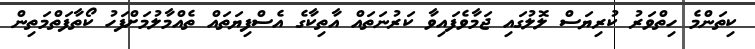
ކިތަންމެ ހިތްވަރު ކުރިޔަސް ލޮލުގައި ޖަމާވެފައިވާ ކަރުނަތައް އާތިކާގެ އެސްފިޔަތައް ތެއްމާލުމަށްފަހު ކޯތާފަތްމަތިން